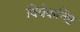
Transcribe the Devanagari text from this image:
विवेकनिष्ट